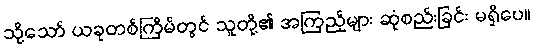
သို့သော် ယခုတစ်ကြိမ်တွင် သူတို့၏ အကြည့်များ ဆုံစည်းခြင်း မရှိပေ။